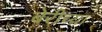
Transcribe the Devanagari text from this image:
बेरीच्या